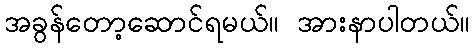
အခွန်တော့ဆောင်ရမယ်။ အားနာပါတယ်။